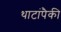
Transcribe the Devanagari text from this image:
थाटांपैकी